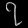
Digit: ၇